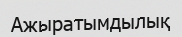
Ажыратымдылық